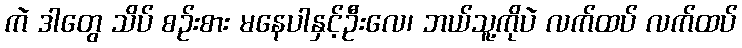
ကဲ ဒါတွေ သိပ် စဉ်းစား မနေပါနှင့်ဦးလေ၊ ဘယ်သူ့ကိုပဲ လက်ထပ် လက်ထပ်